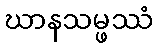
ဃာနသမ္ဖဿံ